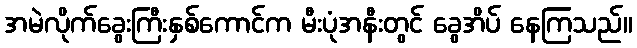
အမဲလိုက်ခွေးကြီးနှစ်ကောင်က မီးပုံအနီးတွင် ခွေအိပ် နေကြသည်။